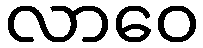
လာဝေ